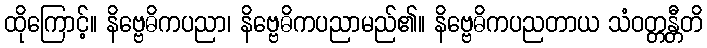
ထိုကြောင့်။ နိဗ္ဗေဓိကပညာ၊ နိဗ္ဗေဓိကပညာမည်၏။ နိဗ္ဗေဓိကပညတာယ သံဝတ္တန္တီတိ